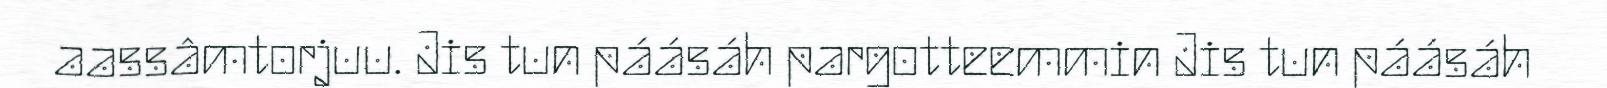
aassâmtorjuu. Jis tun páásáh pargotteemmin Jis tun páásáh